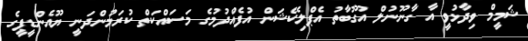
ޝަމީމް ވިދާޅުވީ އާ ގާނޫނުލް އުގޫބާތު އެޕްލިކޭޝަން އުފެއްދުމުގެ މަސައްކަތް ކުރަމުންދަނީ ޔޫއެންޑީޕީގެ